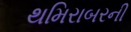
થમિરાબરની